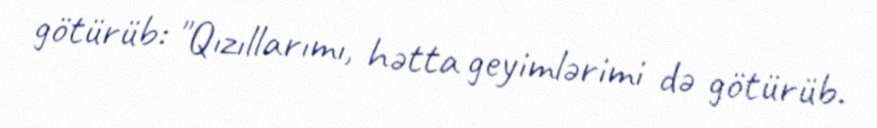
götürüb: "Qızıllarımı, hətta geyimlərimi də götürüb.